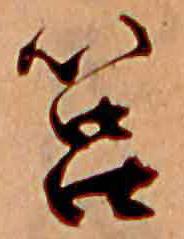
筥